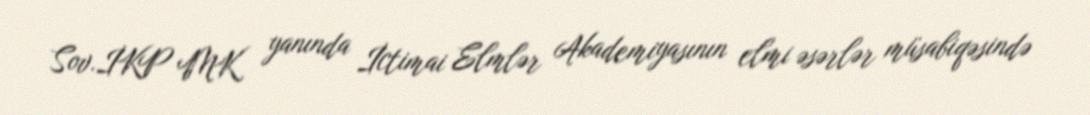
Sov.İKP MK yanında İctimai Elmlər Akademiyasının elmi əsərlər müsabiqəsində